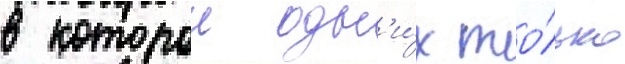
в которои одн'и́х то́лько